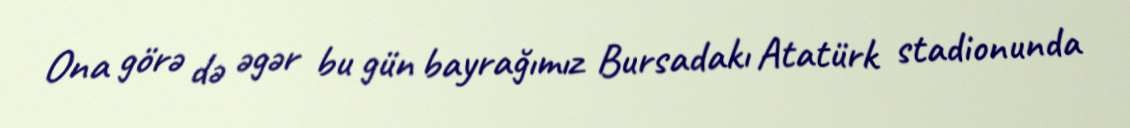
Ona görə də əgər bu gün bayrağımız Bursadakı Atatürk stadionunda